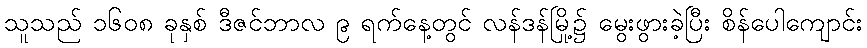
သူသည် ၁၆၀၈ ခုနှစ် ဒီဇင်ဘာလ ၉ ရက်နေ့တွင် လန်ဒန်မြို့၌ မွေးဖွားခဲ့ပြီး စိန်ပေါကျောင်း